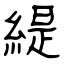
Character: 緹